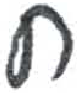
אות: ח